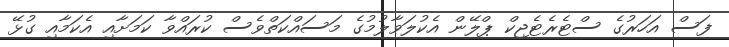
ފަސް އަހަރުގެ ސްޓެރެޓެޖިކް ޕްލޭން އެކުލަވާލުމުގެ މަސައްކަތްވެސް ކުރައްވާ ކަމަށާއި އެކަމާއި ގުޅޭ